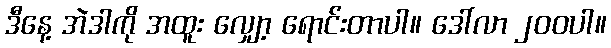
ဒီနေ့ အဲဒါကို အထူး လျှော့ ရောင်းတာပါ။ ဒေါ်လာ ၂၀၀ပါ။